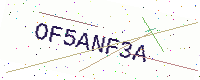
Text: OF5ANF3A